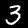
Label: 3